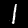
Digit: 1